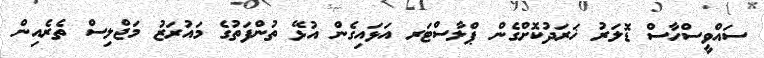
ސައްވީސްހާސް ޑޮލަރު ޚަރަދުކޮށްގެން ޕްލާސްޓަރ އަޅައިގެން އުޅޭ ތުންފަތުގެ މައުރަޒު މަޖްލިސް ތެރެއިން